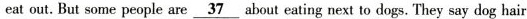
eat out.But some people are\underline{37}about eating next to dogs.They say dog hair